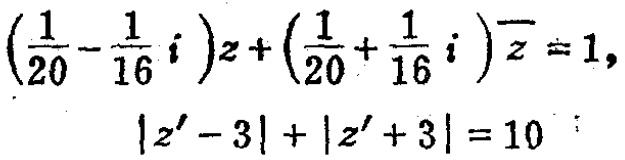
\(\left(\frac{1}{20}-\frac{1}{16}i\right)z+\left(\frac{1}{20}+\frac{1}{16}i\right)\overline{z}=1,\)
\(\left|z' - 3\right|+\left|z' + 3\right| = 10\)